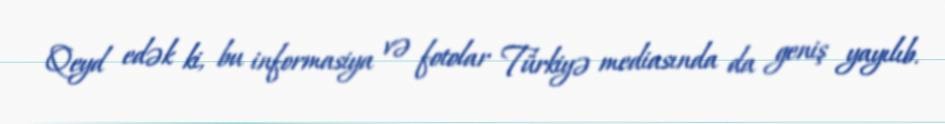
Qeyd edək ki, bu informasiya və fotolar Türkiyə mediasında da geniş yayılıb.